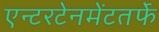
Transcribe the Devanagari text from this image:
एन्टरटेनमेंटतर्फे